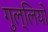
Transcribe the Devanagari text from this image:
गुल्लियों